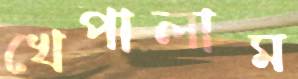
খেপালাম